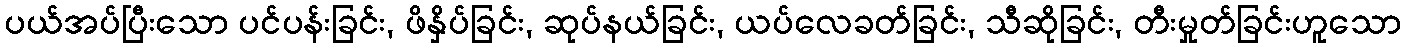
ပယ်အပ်ပြီးသော ပင်ပန်းခြင်း, ဖိနှိပ်ခြင်း, ဆုပ်နယ်ခြင်း, ယပ်လေခတ်ခြင်း, သီဆိုခြင်း, တီးမှုတ်ခြင်းဟူသော